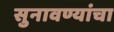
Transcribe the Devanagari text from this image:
सुनावण्यांचा